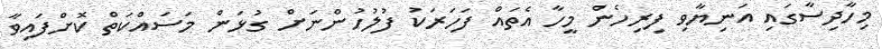
މިހާދިސާގައި އަނިޔާވި ފިރިހެން މީހާ އެތައް ފަހަރަކު ފުލުހުންނަށް ގުޅަން މަސައްކަތް ކޮށްފައިވާ